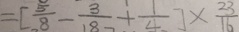
= [ \frac { 5 } { 8 } - \frac { 3 } { 1 8 } + \frac { 1 } { 4 } ] \times \frac { 2 3 } { 1 6 }